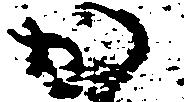
か